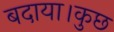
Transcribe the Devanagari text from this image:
बदाया।कुछ